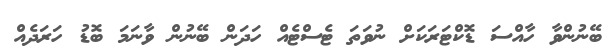
ބޭނުންވާ ހާއްސަ ޑޮކްޓަރަކަށް ނުވަތަ ޓެސްޓެއް ހަދަން ބޭނުން ވާނަމަ ބޮޑު ހަރަދެއް